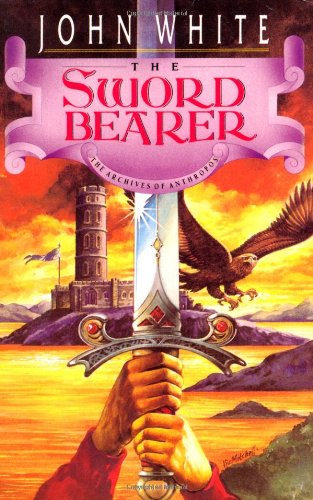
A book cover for The Sword Bearer (Archives of Anthropos); John White; Teen & Young Adult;